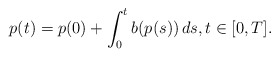
\begin{align*} p(t) = p(0) + \int_0^t b(p(s)) \, ds, t \in [0,T].\end{align*}